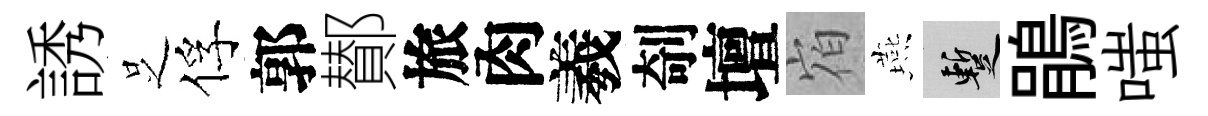
誘𠯁俘郭鄼旅肉羲剞壇𪧐燕暫鵑嗤